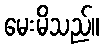
မေးမိသည်။